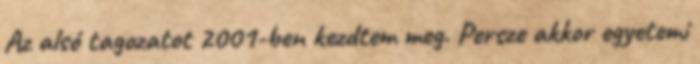
Az alsó tagozatot 2001-ben kezdtem meg. Persze akkor egyetemi